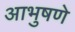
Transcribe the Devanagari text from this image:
आभुषणे